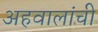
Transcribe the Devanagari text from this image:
अहवालांची